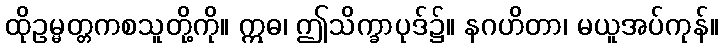
ထိုဥမ္မတ္တကစသူတို့ကို။ ဣဓ၊ ဤသိက္ခာပုဒ်၌။ နဂဟိတာ၊ မယူအပ်ကုန်။